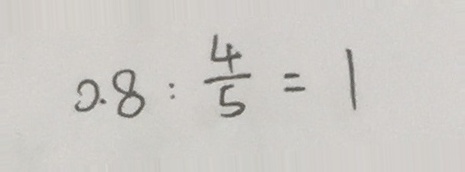
0 . 8 : \frac { 4 } { 5 } = 1